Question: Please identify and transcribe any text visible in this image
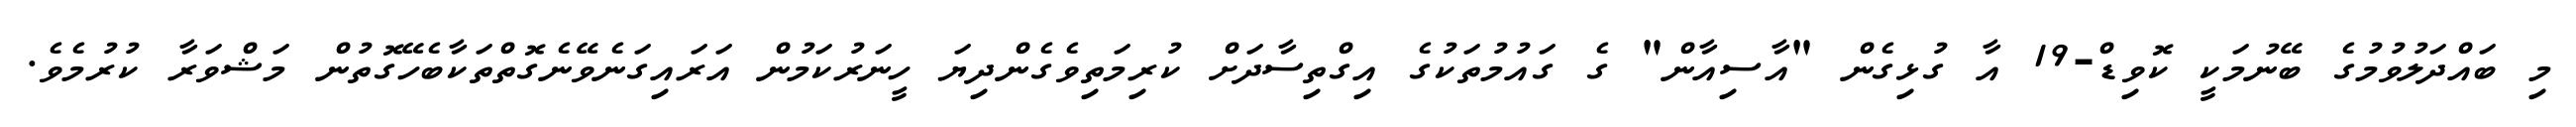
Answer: މި ބައްދަލުވުމުގެ ބޭނުމަކީ ކޮވިޑް-19 އާ ގުޅިގެން "އާސިއާން" ގެ ގައުމުތަކުގެ އިގްތިސާދަށް ކުރިމަތިވެގެންދިޔަ ހީނަރުކަމުން އަރައިގަނެވޭނެގޮތްތަކާބެހޭގޮތުން މަޝްވަރާ ކުރުމެވެ.